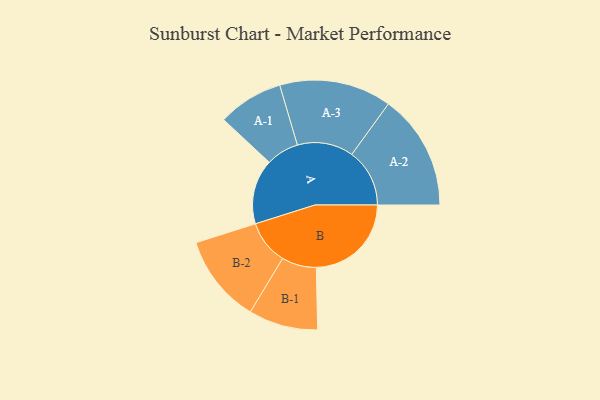
{"axis": {"x": "Segment", "y": "Value"}, "legend": ["", "A", "B"], "data": [{"x": "A", "y": 333, "type": ""}, {"x": "B", "y": 488, "type": ""}, {"x": "A-1", "y": 168, "type": "A"}, {"x": "A-2", "y": 297, "type": "A"}, {"x": "A-3", "y": 288, "type": "A"}, {"x": "B-1", "y": 178, "type": "B"}, {"x": "B-2", "y": 227, "type": "B"}]}